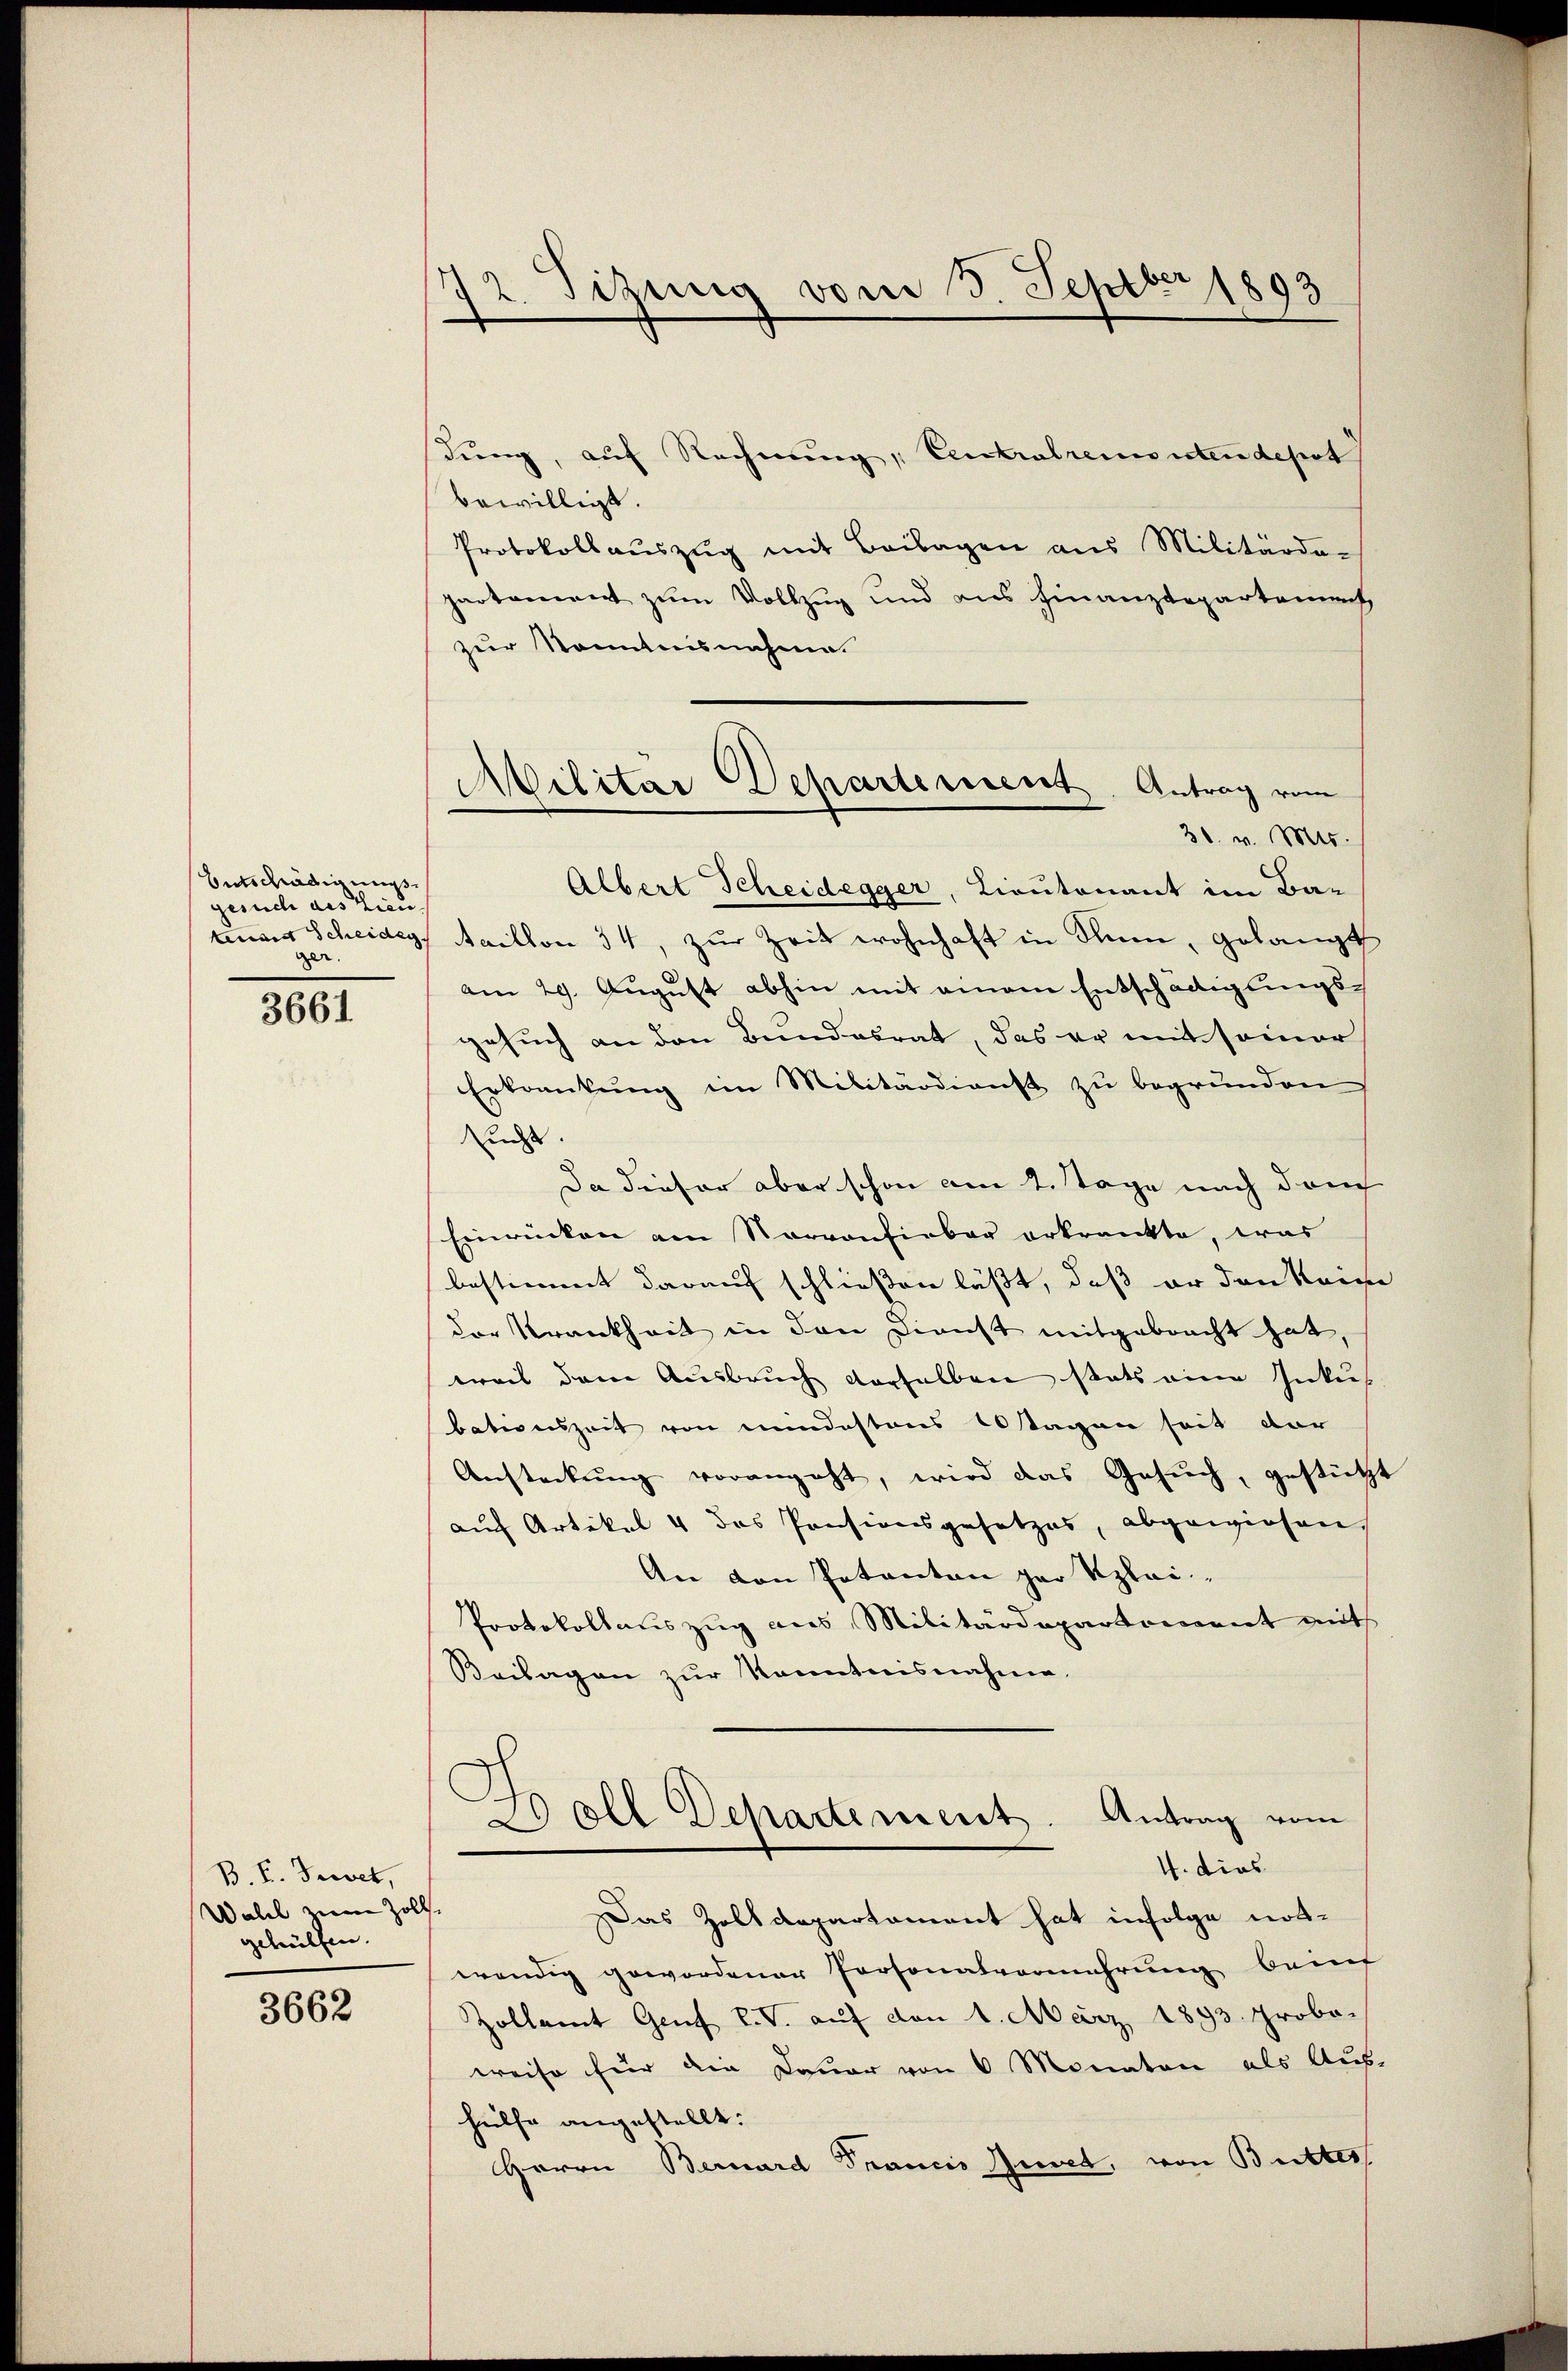
Entschädigungs
gesuch des Lieuger.
3661

B. P. Juwet,
Wahl zum Zoll.
gehülfen.

3662

72. Sitzung vom 3. Septbr 1893

Militar Departement. Antrag vom
30. v. Mts.

dung, auf Rechnung Centralremontendepot
bewilligt.
Protokollauszug mit Beilagen aus Militärdo-
partement zum Vollzug und aus Finanzdepartement
zur Kenntnisnahme.
Albert Scheidegger, Lieutenant im Ba-
enaer Scheideg, Aaillon 34, zŭr Zeit wohnhaft in Sinn, gelangt
am 29. August abhin mit einem Entschädigungs-
gesuch an den Bundesrat, das er mit seiner
Erkrankung im Militärdienst zu begründen
sucht.
Da dieser aber schon am 2. Tage nach dem
Einrücken am Narvonfieber erkrankte, was
bestimmt darauf schließen läßt, daß er den Reise
der Krankheit in den Dienst mitgebracht hat,
weil dem Ausbruch derselben stats eine Inkus
bationszeit von mindestons Abstagen seit vor
Ansteckŭng vorangeht, wird das Gesŭch, gestützt
auf Artikel 4 das Pensionsgesetzes, abgewiesen,
An von Patenten par Klei
Protokollauszug aus Militärdepartement mit
Beilagen zur Kenntnisnahme.
c
.
20 Oll Departement. Antrag vom
4. dies
Das Zolldepartament hat infolge notwendig gewordener Personalvermehrung bein
Zollamt Genf v. V. auf den 1. März 1893. Probo-
weise für die Dauer von 6 Monaten als Aus-
heilte angestellt:
Herrn Bernard Francis Juret, von Butter